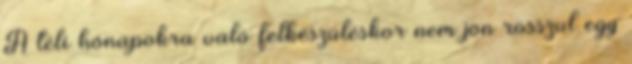
A téli hónapokra való felkészüléskor nem jön rosszul egy